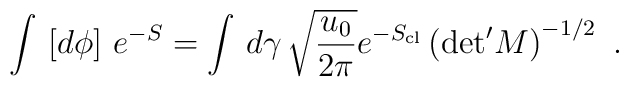
\int\, \left[ d\phi \right]\, e^{-S} = \int\, d \gamma\, \sqrt{\frac{u_0}{2\pi}} e^{-S_{\rm cl}}\left( {\det}'M \right)^{-1/2} \ .